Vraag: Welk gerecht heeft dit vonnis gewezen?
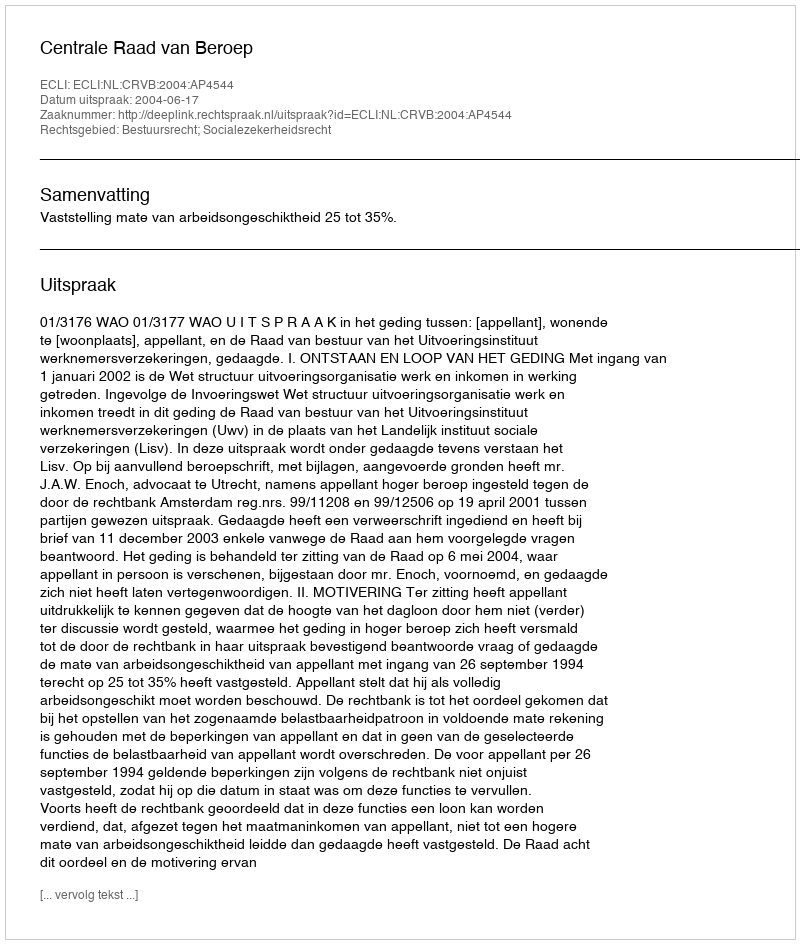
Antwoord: Centrale Raad van Beroep